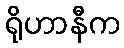
ရိုဟာနီက